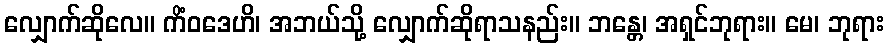
လျှောက်ဆိုလေ။ ကိံဝဒေဟိ၊ အဘယ်သို့ လျှောက်ဆိုရာသနည်း။ ဘန္တေ၊ အရှင်ဘုရား။ မေ၊ ဘုရား